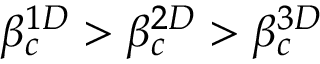
\beta _ { c } ^ { 1 D } > \beta _ { c } ^ { 2 D } > \beta _ { c } ^ { 3 D }